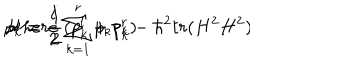
{ \cal H } = \frac { i } { 2 } \sum _ { k = 1 } ^ { r } p _ { k } p _ { k } - \hbar ^ { 2 } t r ( H ^ { 2 } H ^ { 2 } ) \hspace { 0 . 7 c m } , \hspace { 0 . 7 c m } { \mathrm { w } h e r e } \hspace { 0 . 5 c m } p _ { k } = \frac { 1 } { 2 } ( p _ { k } ^ { l } + p _ { k } ^ { r } )